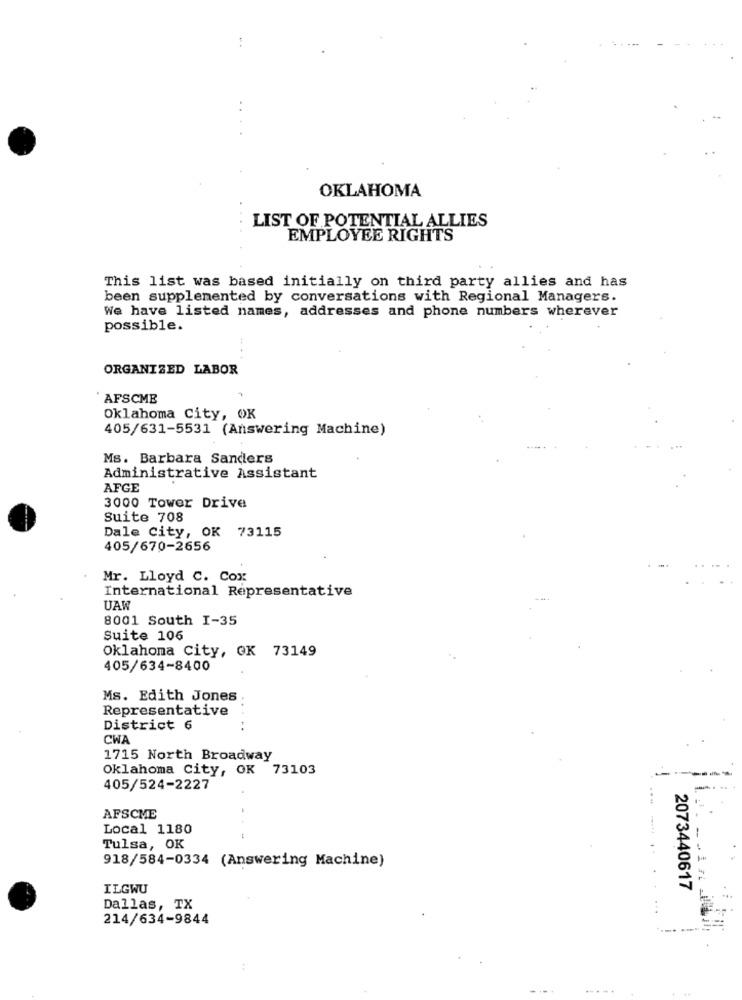
OKLAHOMA
LIST OF POTENTIAL ALLIES
EMPLOYEE RIGHTS
This list was based initially on third party allies and has
been supplemented by conversations with Regional Managers.
We have listed names, addresses and phone numbers wherever
possible.
ORGANIZED LABOR
AFSCME
Oklahoma City, OK
405/631-5531 (Answering Machine)
Ms. Barbara Sanders
Administrative Assistant
AFGE
3000 Tower Drive
Suite 708
Dale City, OK 73115
405/670-2656
Mr. Lloyd C. Cox
International Representative
UAW
8001 South I-35
Suite 106
Oklahoma City, OK 73149
405/634-8400
Ms. Edith Jones
Representative
District 6
.....
CWA
1715 North Broadway
Oklahoma City, OK 73103
405/524-2227
AFSCME
Local 1180
Tulsa, OK
918/584-0334 (Answering Machine)
ILGWU
2073440617
Dallas, TX
214/634-9844
:
.....